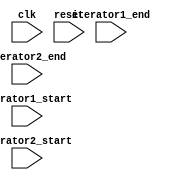
module Loop_with_multiple_iterators (
    input  clk,
    input  reset,
    input  [7:0] iterator1_start,
    input  [7:0] iterator1_end,
    input  [7:0] iterator2_start,
    input  [7:0] iterator2_end,
    // Add more input for additional iterators if needed
    // Add input for data processing if needed
    // Add output for processed data if needed
);

reg [7:0] iterator1;
reg [7:0] iterator2;

always @(posedge clk or posedge reset) begin
    if (reset) begin
        iterator1 <= iterator1_start;
        iterator2 <= iterator2_start;
        // Initialize additional iterators if needed
    end else begin
        if (iterator1 < iterator1_end) begin
            iterator1 <= iterator1 + 1;
        end else begin
            iterator1 <= iterator1_start;
            if (iterator2 < iterator2_end) begin
                iterator2 <= iterator2 + 1;
            end else begin
                iterator2 <= iterator2_start;
                // Update additional iterators if needed
            end
        end
    end
end

// Perform data processing based on the iterators
// Add processing logic here

endmodule